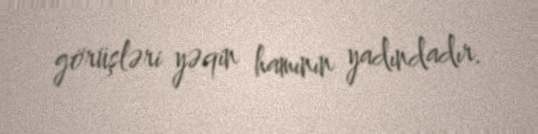
görüşləri yəqin hamının yadındadır.